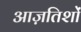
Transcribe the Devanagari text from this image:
आज़तिशों